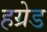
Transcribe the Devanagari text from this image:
हग्रेड